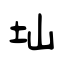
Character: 圸